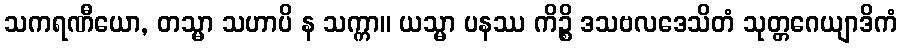
သကရဏီယော, တသ္မာ သဟာပိ န သက္ကာ။ ယသ္မာ ပနဿ ကိဉ္စိ ဒသဗလဒေသိတံ သုတ္တဂေယျာဒိကံ